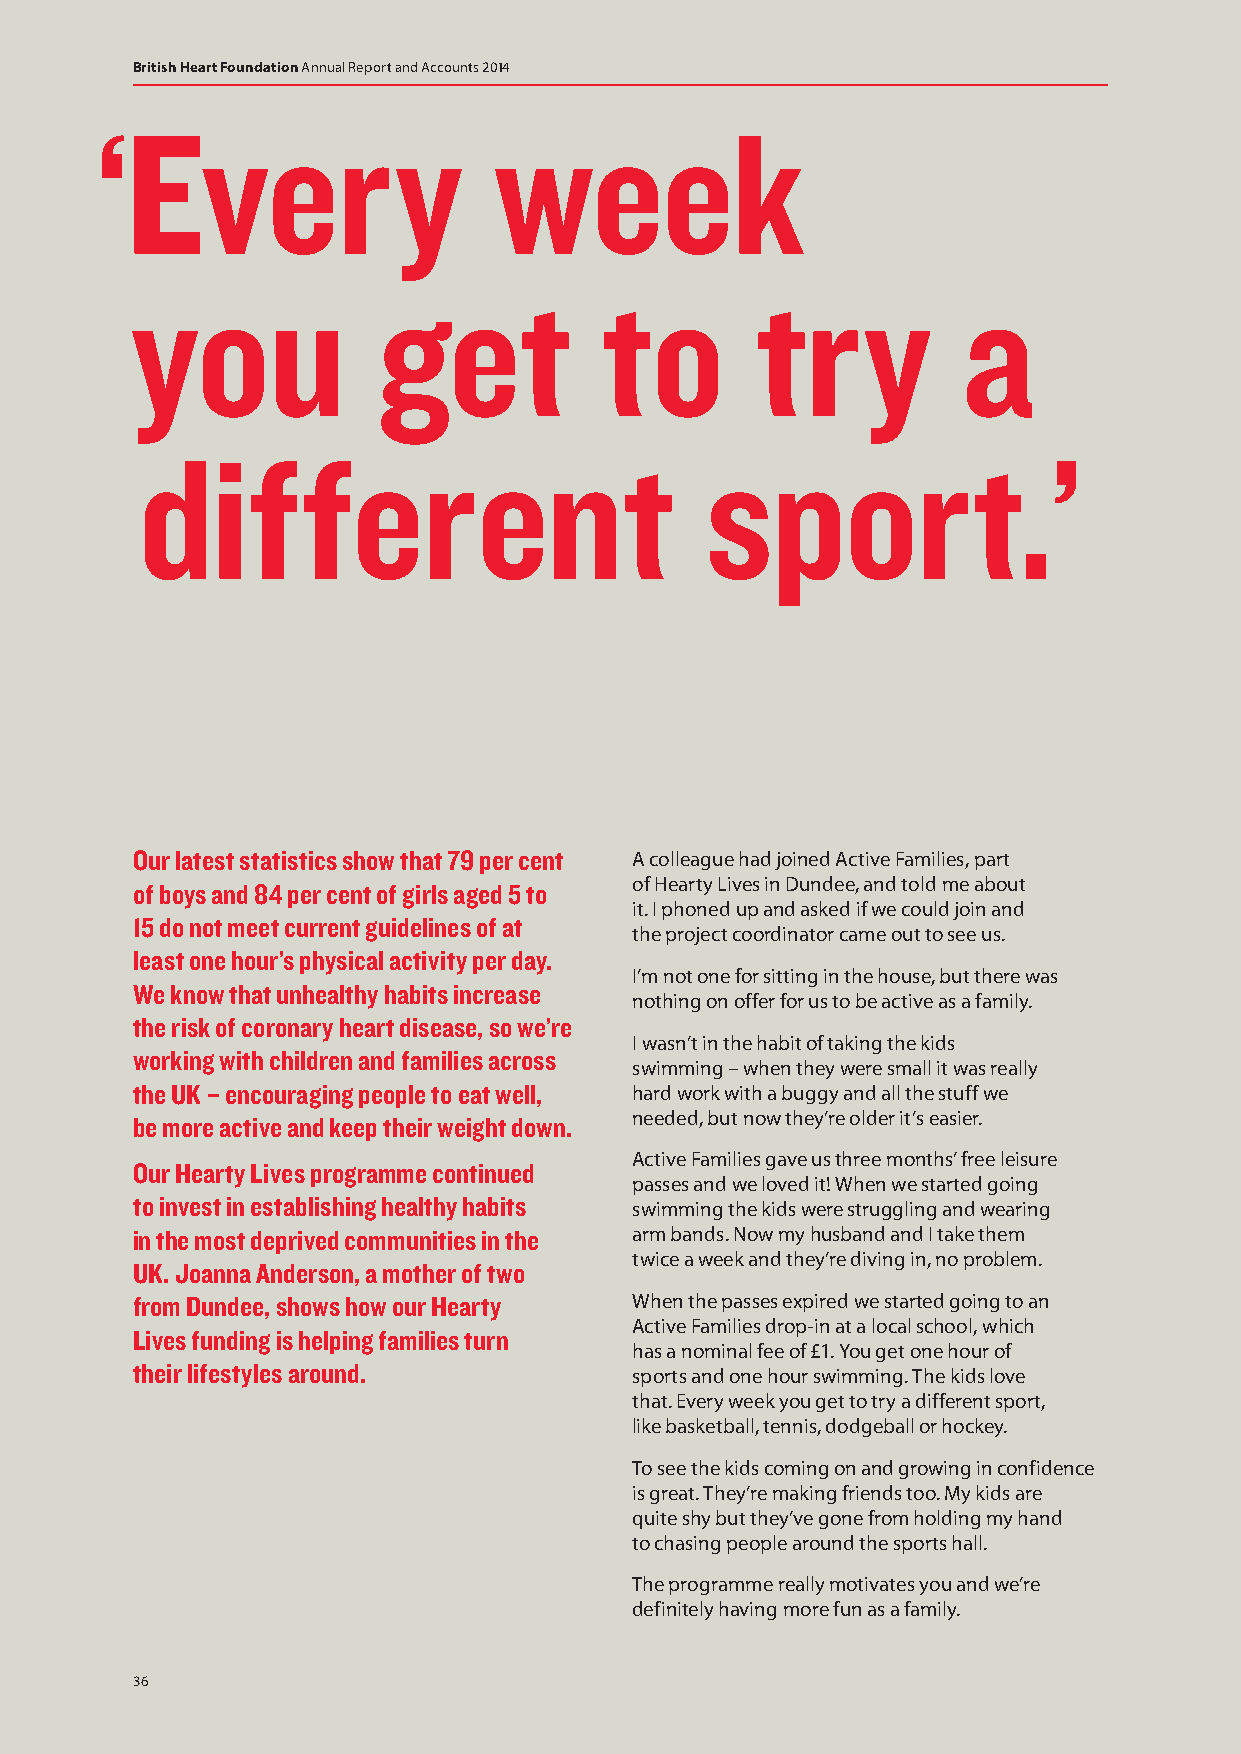
British Heart Foundation Annual Report and Accounts 2014
 ‘E     very                week
 you             get            to        try           a
 different                             sport.’
 Our latest statistics show that 79 per cent A colleague had joined Active Families, part
 of Hearty Lives in Dundee, and told me about
 of boys and 84 per cent of girls aged 5 to
 it. I phoned up and asked if we could join and
 15 do not meet current guidelines of at
 the project coordinator came out to see us.
 least one hour’s physical activity per day.
 I’m not one for sitting in the house, but there was
 We know that unhealthy habits increase
 nothing on offer for us to be active as a family.
 the risk of coronary heart disease, so we’re
 I wasn’t in the habit of taking the kids
 working with children and families across
 swimming – when they were small it was really
 the UK – encouraging people to eat well, hard work with a buggy and all the stuff we
 needed, but now they’re older it’s easier.
 be more active and keep their weight down.
 Active Families gave us three months’ free leisure
 Our Hearty Lives programme continued
 passes and we loved it! When we started going
 to invest in establishing healthy habits swimming the kids were struggling and wearing
 in the most deprived communities in the arm bands. Now my husband and I take them
 twice a week and they’re diving in, no problem.
 UK. Joanna Anderson, a mother of two
 from Dundee, shows how our Hearty When the passes expired we started going to an
 Active Families drop-in at a local school, which
 Lives funding is helping families turn
 has a nominal fee of £1. You get one hour of
 their lifestyles around.         sports and one hour swimming. The kids love
 that. Every week you get to try a different sport,
 like basketball, tennis, dodgeball or hockey.
 To see the kids coming on and growing in confidence
 is great. They’re making friends too. My kids are
 quite shy but they’ve gone from holding my hand
 to chasing people around the sports hall.
 The programme really motivates you and we’re
 definitely having more fun as a family.
 36